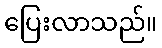
ပြေးလာသည်။